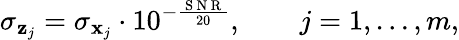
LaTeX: \sigma_{\mathbf{z}_{j}}=\sigma_{\mathbf{x}_{j}}\cdot 10^{-\frac{\mathrm{~S~N~R~}}{20}},\qquad j=1,\dotsc,m,